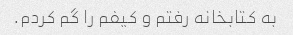
به کتابخانه رفتم و کیفم را گم کردم.